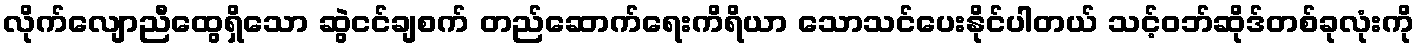
လိုက်လျောညီထွေရှိသော ဆွဲငင်ချစက် တည်ဆောက်ရေးကိရိယာ သောသင်ပေးနိုင်ပါတယ် သင့်ဝဘ်ဆိုဒ်တစ်ခုလုံးကို